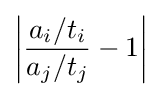
\left|{\frac {a_{i}/t_{i}}{a_{j}/t_{j}}}-1\right|